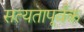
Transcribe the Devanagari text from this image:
सत्यतापूर्वक